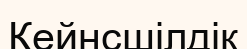
Кейнсшілдік